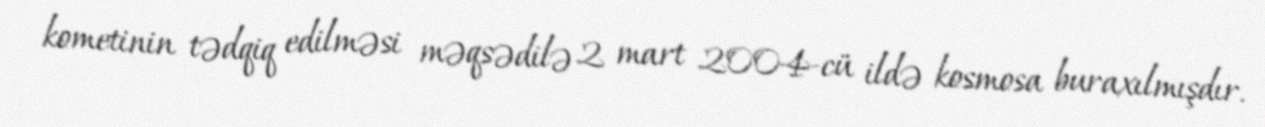
kometinin tədqiq edilməsi məqsədilə 2 mart 2004-cü ildə kosmosa buraxılmışdır.